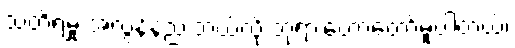
သတိရမှု အလွန်နည်းတယ်လို့ ဘုရားဟောတော်မူပါတယ်၊